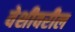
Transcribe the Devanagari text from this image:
वेशीवरील